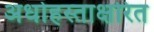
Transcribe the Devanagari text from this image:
अधोहस्ताक्षरित